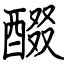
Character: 醊